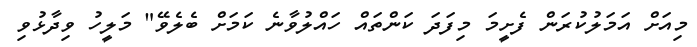
މިއަށް އަމަލުކުރަން ފެށީމަ މިފަދަ ކަންތައް ހައްލުވާނެ ކަމަށް ބެލެވޭ" މަލީހު ވިދާޅުވި